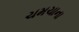
ચમચાના